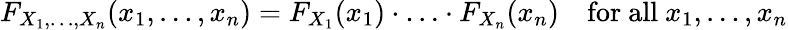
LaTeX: F_{X_{1},\ldots,X_{n}}(x_{1},\ldots,x_{n})=F_{X_{1}}(x_{1})\cdot\ldots\cdot F_{X_{n}}(x_{n})\quad{\mathrm{for~all~}}x_{1},\ldots,x_{n}